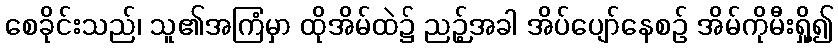
စေခိုင်းသည်၊ သူ၏အကြံမှာ ထိုအိမ်ထဲ၌ ညဉ့်အခါ အိပ်ပျော်နေစဉ် အိမ်ကိုမီးရှို့၍